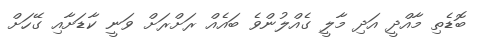
ބޮޑެތި މާއްދީ އަދި މާލީ ގެއްލުންވެ ބައެއް ރަށްރަށް ވަނީ ކާޑަށާއި ގޭހަށް